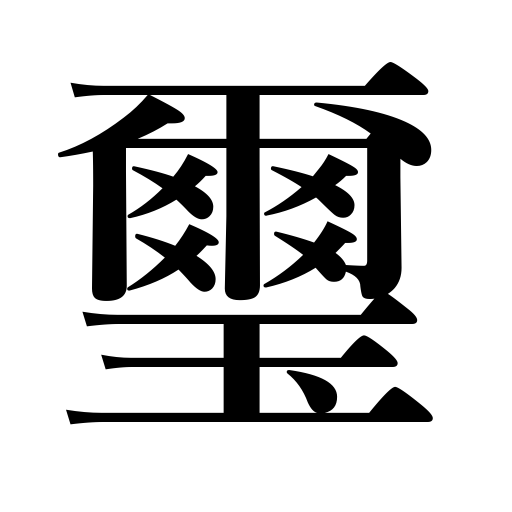
Meanings: emperor's seal